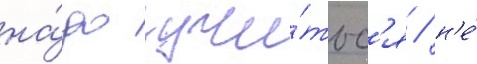
на́до учи́тьс'я / н'е́